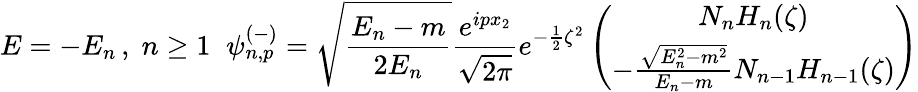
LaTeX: E=-E_{n}\, ,\; n\geq 1\; \; \psi_{n,p}^{(-)}=\sqrt{\frac{E_{n}-m}{2E_{n}}}\frac{e^{ipx_{2}}}{\sqrt{2\pi}}e^{-\frac{1}{2}{\zeta}^{2}}\left(\begin{array}{c}{{N_{n}H_{n}(\zeta)}}\\ {{-\frac{\sqrt{E_{n}^{2}-m^{2}}}{E_{n}-m}N_{n-1}H_{n-1}(\zeta)}}\end{array}\right)